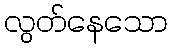
လွတ်နေသော